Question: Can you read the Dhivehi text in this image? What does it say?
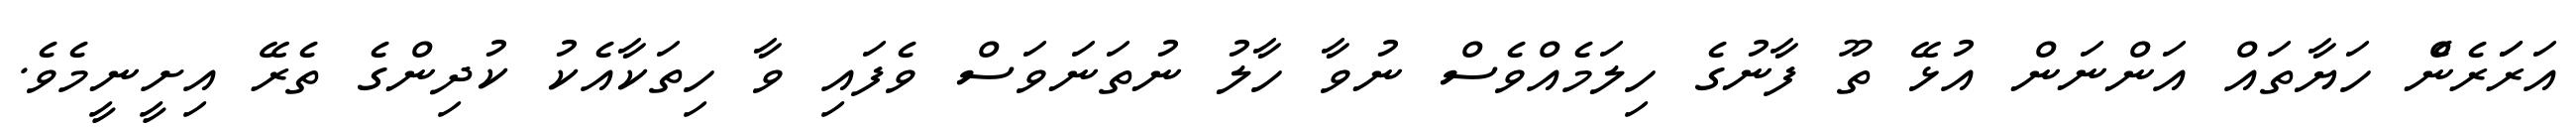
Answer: އަރަަރެންެ ހަޔާތައް އަންނަން އުޅޭ ތޫ ފާނުގެ ހިލަމެއްވެސް ނުވާ ހާލު ނުތަނަވަސް ވެފައި ވާ ހިތަކާއެކު ކުދިންގެ ތެރޭ އިށީނީމެވެ.